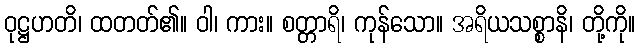
ဝုဋ္ဌဟတိ၊ ထတတ်၏။ ဝါ၊ ကား။ စတ္တာရိ၊ ကုန်သော။ အရိယသစ္စာနိ၊ တို့ကို။